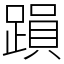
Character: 䠝